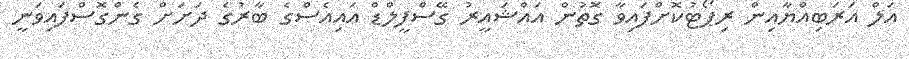
އަލް އަރަބިއްޔާއިން ރިޕޯޓުކޮށްފައިވާ ގޮތުން އައްޝައީރު ގޭސްފީލްޑް އައިއެސްގެ ބާރުގެ ދަށަށް ގެންގޮސްފައިވަނީ